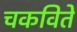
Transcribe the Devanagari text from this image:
चकविते